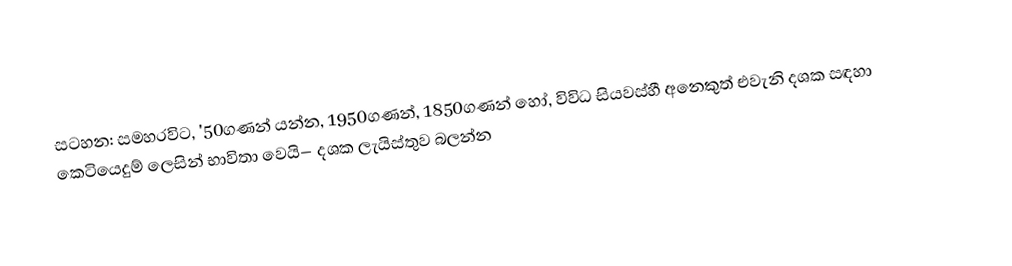
සටහන: සමහරවිට,  '50ගණන් යන්න, 1950ගණන්, 1850ගණන් හෝ, විවිධ සියවස්හී අනෙකුත් එවැනි දශක සඳහා කෙටියෙදුම් ලෙසින් භාවිතා වෙයි– දශක ලැයිස්තුව බලන්න